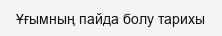
Ұғымның пайда болу тарихы